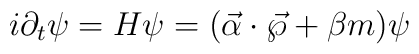
i {\partial}_{t} \psi = H \psi = ( \vec{\alpha} \cdot \vec{\wp}+ \beta m) \psi